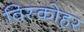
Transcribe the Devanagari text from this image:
विस्कोहर